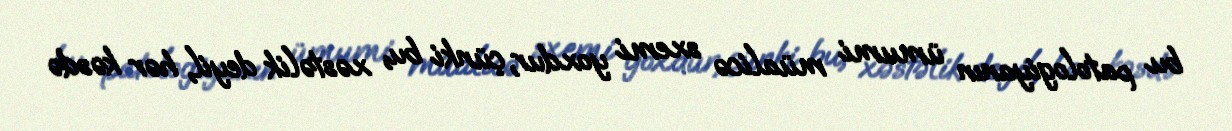
bu patologiyanın ümumi müalicə sxemi yoxdur, çünki bu, xəstəlik deyil, hər kəsdə